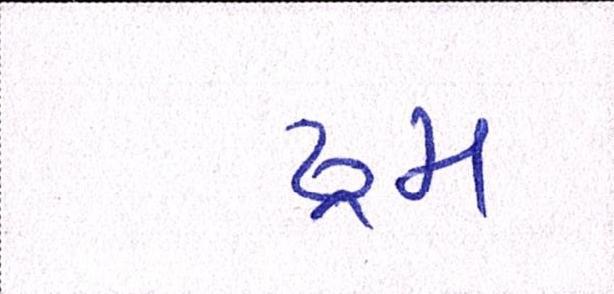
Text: ડ્રમ